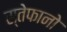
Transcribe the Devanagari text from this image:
स्तेफानो